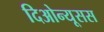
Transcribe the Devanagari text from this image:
दिओन्यूसस